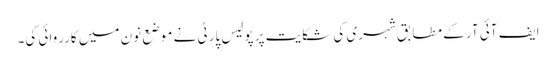
ایف آئی آر کے مطابق شہری کی شکایت پر پولیس پارٹی نے موضع نون میں کارروائی کی۔